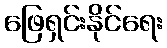
ဖြေရှင်းနိုင်ရေး